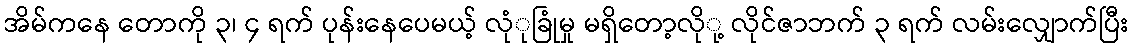
အိမ်ကနေ တောကို ၃၊ ၄ ရက် ပုန်းနေပေမယ့် လုံုခြုံမှု မရှိတော့လိုု့ လိုင်ဇာဘက် ၃ ရက် လမ်းလျှောက်ပြီး